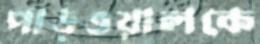
পাড়ওয়ালকে